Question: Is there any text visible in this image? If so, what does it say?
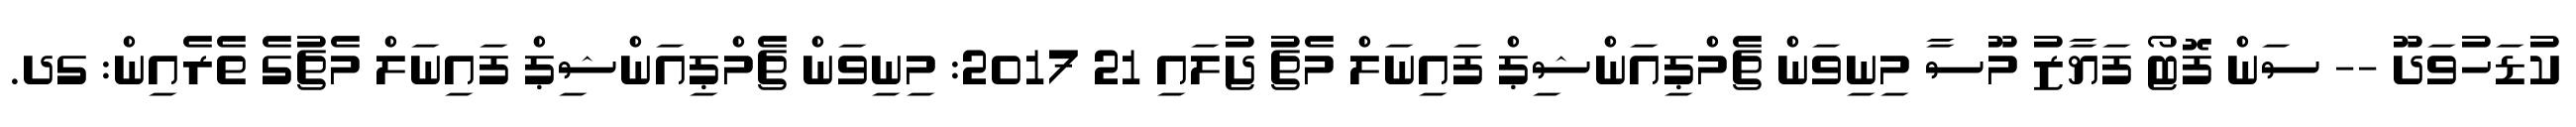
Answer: ކުޑަހުވަދޫ -- ސަން ފޮޓޯ ފަޔާޒު މޫސާ މިނިވަން ޗެމްޕިއަންޝިޕް ފައިނަލް މެޗު ޖުލައި 21 2017: މިނިވަން ޗެމްޕިއަންޝިޕް ފައިނަލް މެޗުގެ ތެރެއިން: ގދ.